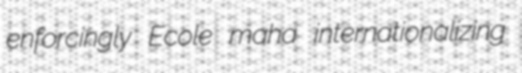
enforcingly Ecole maha internationalizing